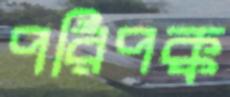
পরিপক্ক